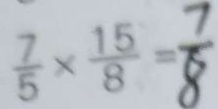
\frac { 7 } { 5 } \times \frac { 1 5 } { 8 } = \frac { 7 } { 8 }